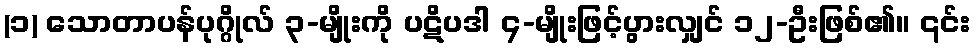
(၁) သောတာပန်ပုဂ္ဂိုလ် ၃-မျိုးကို ပဋိပဒါ ၄-မျိုးဖြင့်ပွားလျှင် ၁၂-ဦးဖြစ်၏။ ၎င်း